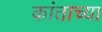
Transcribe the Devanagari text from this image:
कांताच्या